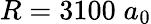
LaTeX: R=3100\; a_{0}